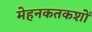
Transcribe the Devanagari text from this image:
मेहनकतकशों